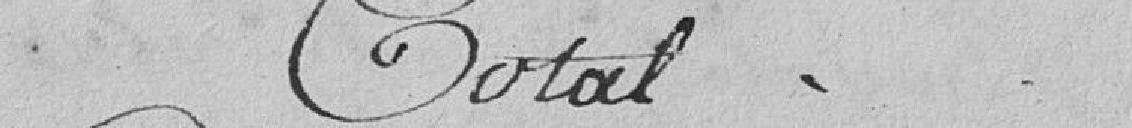
Total